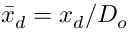
{ \bar { x } _ { d } } = x _ { d } / D _ { o }